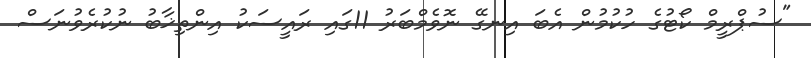
"ސުޕްރީމް ކޯޓުގެ ހުކުމުން އެބަ އިނގޭ ނޮވެމްބަރު 11ގައި ރައީސަކު އިންތިޚާބު ނުކުރެވުނަސް